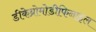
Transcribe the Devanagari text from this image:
डीकेब्रोमोडीफिनाइल